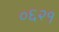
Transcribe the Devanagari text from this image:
०६२१